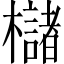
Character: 櫧